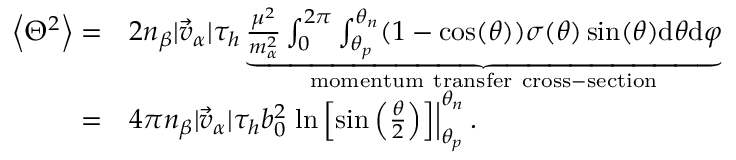
\begin{array} { r l } { \left\langle { { \Theta } ^ { 2 } } \right\rangle = } & { 2 n _ { \beta } | \vec { v } _ { \alpha } | \tau _ { h } \underbrace { \frac { \mu ^ { 2 } } { m _ { \alpha } ^ { 2 } } \int _ { 0 } ^ { 2 \pi } \int _ { \theta _ { p } } ^ { \theta _ { n } } ( 1 - \cos ( \theta ) ) \sigma ( \theta ) \sin ( \theta ) \mathrm { d } \theta \mathrm { d } \varphi } _ { \mathrm { m o m e n t u m ~ t r a n s f e r ~ c r o s s - s e c t i o n } } } \\ { = } & { 4 \pi n _ { \beta } | \vec { v } _ { \alpha } | \tau _ { h } b _ { 0 } ^ { 2 } \left. \ln \left[ \sin \left( \frac { \theta } { 2 } \right) \right] \right| _ { \theta _ { p } } ^ { \theta _ { n } } . } \end{array}